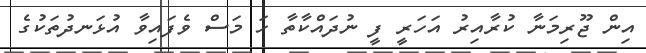
އިން ޖޫރިމަނާ ކުރާއިރު އަހަރީ ފީ ނުދައްކާތާ ހަ މަސް ވެފައިވާ އުޅަނދުތަކުގެ